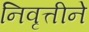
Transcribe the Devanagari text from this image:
निवृत्तीने